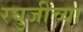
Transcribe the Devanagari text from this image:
रघुजीच्या